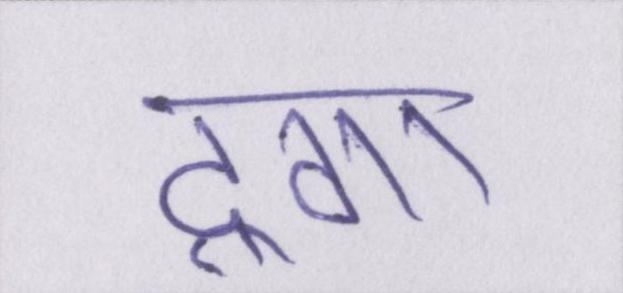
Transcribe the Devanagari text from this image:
दूंगा।